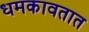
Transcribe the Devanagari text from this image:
धमकावतात